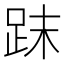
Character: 𧿴